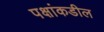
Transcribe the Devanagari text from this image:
पक्षांकडील